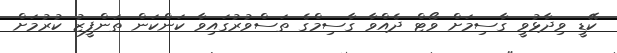
ކޭޑީ ވިދާޅުވީ ގާސިމަށް ވޯޓް ދެއްވާ ގާސިމްގެ ތަސްވުރުގައިވާ ކަންކަން ތަންފީޒު ކުރުމަށް